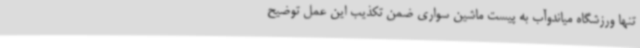
تنها ورزشگاه میاندوآب به پیست ماشین سواری ضمن تکذیب این عمل توضیح